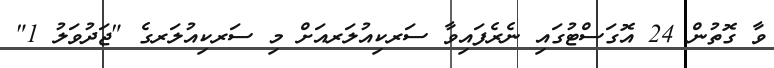
ވާ ގޮތުން 24 އޮގަސްޓުގައި ނެރެފައިވާ ސަރކިއުލަރއަށް މި ސަރކިއުލަރގެ "ޖަދުވަލު 1"